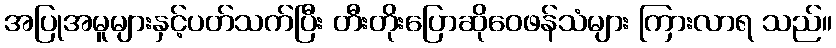
အပြုအမူများနှင့်ပတ်သက်ပြီး တီးတိုးပြောဆိုဝေဖန်သံများ ကြားလာရ သည်။